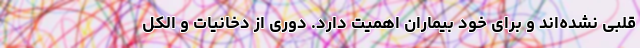
قلبی نشده‌اند و برای خود بیماران اهمیت دارد. دوری از دخانیات و الکل